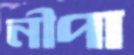
নীপা